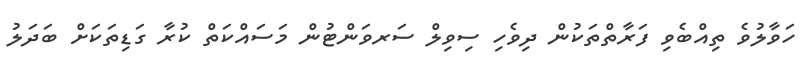
ހަވާލުވެ ތިއްބެވި ފަރާތްތަކުން ދިވެހި ސިވިލް ސަރވަންޓުން މަސައްކަތް ކުރާ ގަޑިތަކަށް ބަދަލު